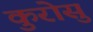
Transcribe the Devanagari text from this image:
कुरोसु